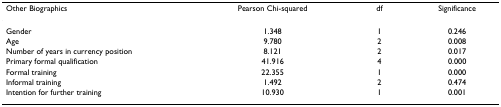
<table><thead><tr><td><b>Other Biographics</b></td><td><b>Pearson Chi-squared</b></td><td><b>df</b></td><td><b>Significance</b></td></tr></thead><tbody><tr><td>Gender</td><td>1.348</td><td>1</td><td>0.246</td></tr><tr><td>Age</td><td>9.780</td><td>2</td><td>0.008</td></tr><tr><td>Number of years in currency position</td><td>8.121</td><td>2</td><td>0.017</td></tr><tr><td>Primary formal qualification</td><td>41.916</td><td>4</td><td>0.000</td></tr><tr><td>Formal training</td><td>22.355</td><td>1</td><td>0.000</td></tr><tr><td>Informal training</td><td>1.492</td><td>2</td><td>0.474</td></tr><tr><td>Intention for further training</td><td>10.930</td><td>1</td><td>0.001</td></tr></tbody></table>